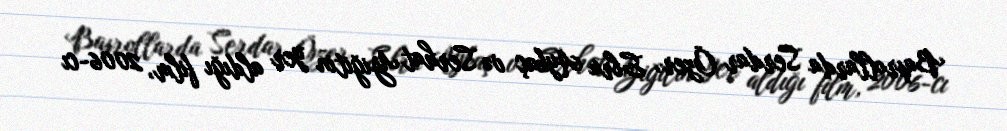
Başrollarda Serdar Özer, Ebru Aykaç və Serhat Yiğitin yer aldığı film, 2006-cı